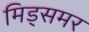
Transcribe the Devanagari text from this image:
मिड्‌समर